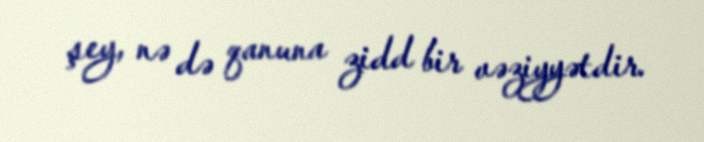
şey, nə də qanuna zidd bir vəziyyətdir.